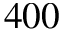
4 0 0